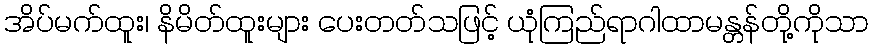
အိပ်မက်ထူး၊ နိမိတ်ထူးများ ပေးတတ်သဖြင့် ယုံကြည်ရာဂါထာမန္တန်တို့ကိုသာ